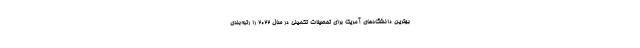
بهترین دانشگاه‌های آمریکا برای تحصیلات تکمیلی در سال ۲۰۲۲ را رتبه‌بندی